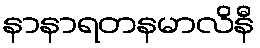
နာနာရတနမာလိနီ